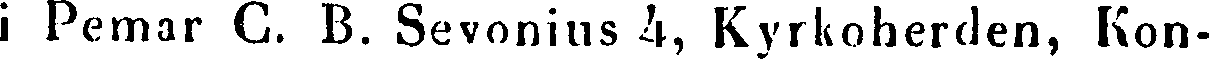
i Pemar C. B. Sevonius 4, Kyrkoherden, Kon-